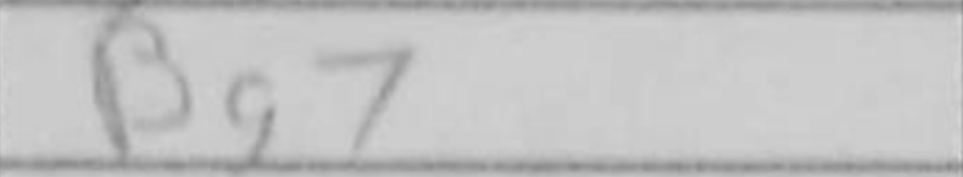
Transcription: Bg7